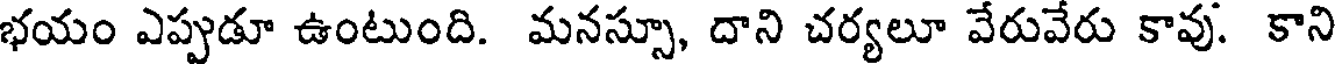
భయం ఎప్పుడూ ఉంటుంది. మనస్సూ, దాని చర్యలూ వేరువేరు కావు. కాని